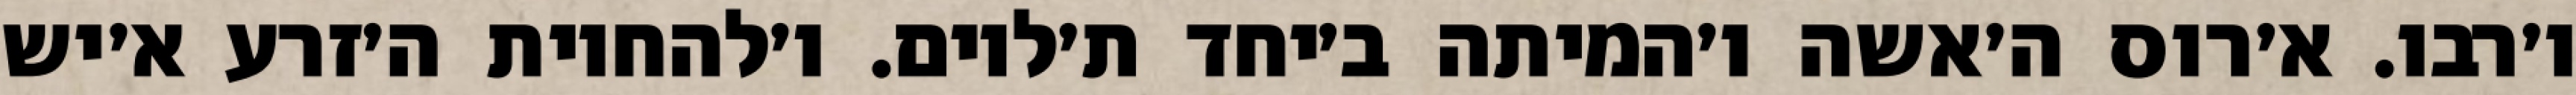
ו׳רבו. א׳רוס ה׳אשה ו׳המיתה ב׳יחד ת׳לוים. ו׳להחיות ה׳זרע א׳יש